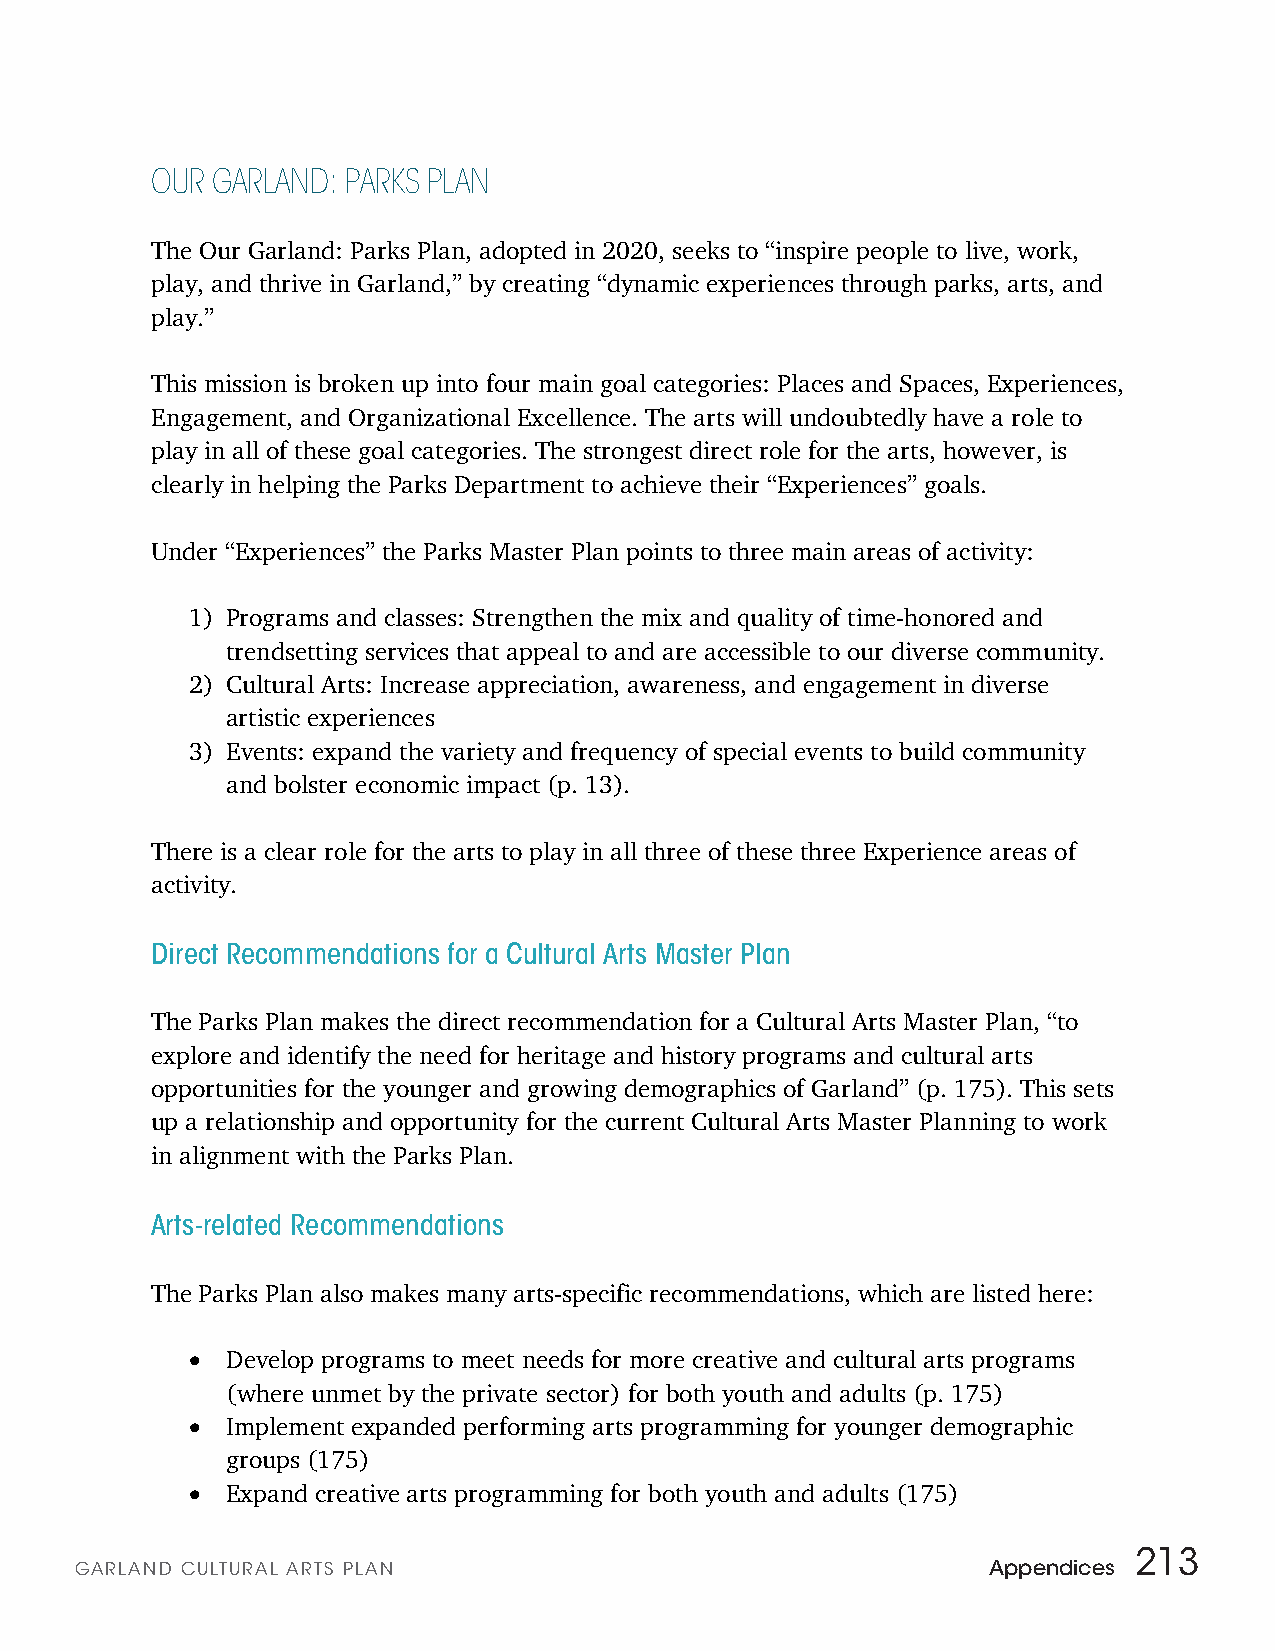
OUR GARLAND: PARKS PLAN
 The Our Garland: Parks Plan, adopted in 2020, seeks to “inspire people to live, work,
 play, and thrive in Garland,” by creating “dynamic experiences through parks, arts, and
 play.”
 This mission is broken up into four main goal categories: Places and Spaces, Experiences,
 Engagement, and Organizational Excellence. The arts will undoubtedly have a role to
 play in all of these goal categories. The strongest direct role for the arts, however, is
 clearly in helping the Parks Department to achieve their “Experiences” goals.
 Under “Experiences” the Parks Master Plan points to three main areas of activity:
 1) Programs and classes: Strengthen the mix and quality of time-honored and
 trendsetting services that appeal to and are accessible to our diverse community.
 2) Cultural Arts: Increase appreciation, awareness, and engagement in diverse
 artistic experiences
 3) Events: expand the variety and frequency of special events to build community
 and bolster economic impact (p. 13).
 There is a clear role for the arts to play in all three of these three Experience areas of
 activity.
 Direct Recommendations for a Cultural Arts Master Plan
 The Parks Plan makes the direct recommendation for a Cultural Arts Master Plan, “to
 explore and identify the need for heritage and history programs and cultural arts
 opportunities for the younger and growing demographics of Garland” (p. 175). This sets
 up a relationship and opportunity for the current Cultural Arts Master Planning to work
 in alignment with the Parks Plan.
 Arts-related Recommendations
 The Parks Plan also makes many arts-specific recommendations, which are listed here:
 •
 Develop programs to meet needs for more creative and cultural arts programs
 (where unmet by the private sector) for both youth and adults (p. 175)
 •
 Implement expanded performing arts programming for younger demographic
 groups (175)
 •
 Expand creative arts programming for both youth and adults (175)
 213
 GARLAN D CULTURAL ARTS PLAN                                 Appendices